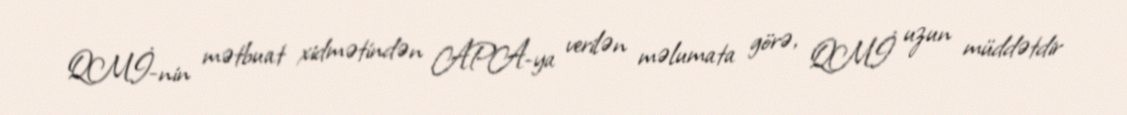
QMİ-nin mətbuat xidmətindən APA-ya verilən məlumata görə, QMİ uzun müddətdir